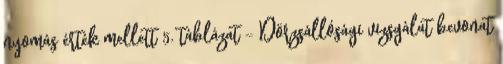
nyomás érték mellett 5. táblázat - Dörzsállósági vizsgálat bevonat